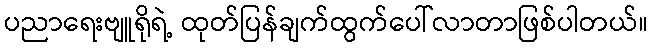
ပညာရေးဗျူရိုရဲ့ ထုတ်ပြန်ချက်ထွက်ပေါ်လာတာဖြစ်ပါတယ်။